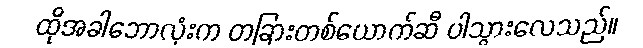
ထိုအခါဘောလုံးက တခြားတစ်ယောက်ဆီ ပါသွားလေသည်။